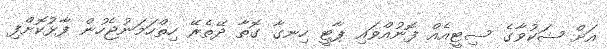
އަށް ޝަކުވާގެ ސިޓީއެއް ފޮނުއްވައި ޕާޓީ ހިނގާ ގޮތާ ދޭތެރޭ ހިތްހަމަނުޖެހުން ފާޅުކޮށްފި